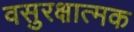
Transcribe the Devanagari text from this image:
वसुरक्षात्मक